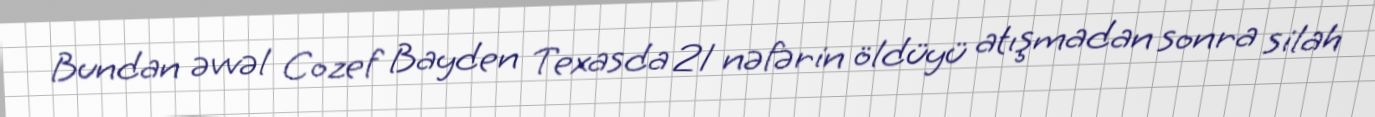
Bundan əvvəl Cozef Bayden Texasda 21 nəfərin öldüyü atışmadan sonra silah